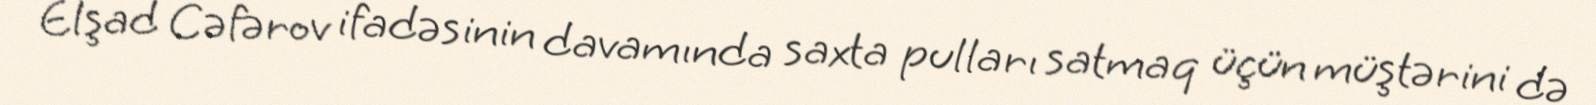
Elşad Cəfərov ifadəsinin davamında saxta pulları satmaq üçün müştərini də